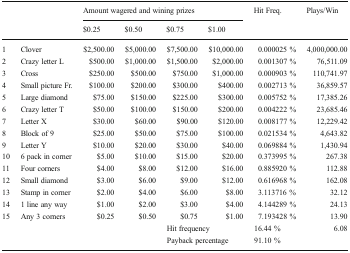
<table><thead><tr><td rowspan="2" colspan="2"></td><td colspan="4"><b>Amount wagered and wining prizes</b></td><td rowspan="2"><b>Hit Freq.</b></td><td rowspan="2"><b>Plays/Win</b></td></tr><tr><td><b>$0.25</b></td><td><b>$0.50</b></td><td><b>$0.75</b></td><td><b>$1.00</b></td></tr></thead><tbody><tr><td>1</td><td>Clover</td><td>$2,500.00</td><td>$5,000.00</td><td>$7,500.00</td><td>$10,000.00</td><td>0.000025 %</td><td>4,000,000.00</td></tr><tr><td>2</td><td>Crazy letter L</td><td>$500.00</td><td>$1,000.00</td><td>$1,500.00</td><td>$2,000.00</td><td>0.001307 %</td><td>76,511.09</td></tr><tr><td>3</td><td>Cross</td><td>$250.00</td><td>$500.00</td><td>$750.00</td><td>$1,000.00</td><td>0.000903 %</td><td>110,741.97</td></tr><tr><td>4</td><td>Small picture Fr.</td><td>$100.00</td><td>$200.00</td><td>$300.00</td><td>$400.00</td><td>0.002713 %</td><td>36,859.57</td></tr><tr><td>5</td><td>Large diamond</td><td>$75.00</td><td>$150.00</td><td>$225.00</td><td>$300.00</td><td>0.005752 %</td><td>17,385.26</td></tr><tr><td>6</td><td>Crazy letter T</td><td>$50.00</td><td>$100.00</td><td>$150.00</td><td>$200.00</td><td>0.004222 %</td><td>23,685.46</td></tr><tr><td>7</td><td>Letter X</td><td>$30.00</td><td>$60.00</td><td>$90.00</td><td>$120.00</td><td>0.008177 %</td><td>12,229.42</td></tr><tr><td>8</td><td>Block of 9</td><td>$25.00</td><td>$50.00</td><td>$75.00</td><td>$100.00</td><td>0.021534 %</td><td>4,643.82</td></tr><tr><td>9</td><td>Letter Y</td><td>$10.00</td><td>$20.00</td><td>$30.00</td><td>$40.00</td><td>0.069884 %</td><td>1,430.94</td></tr><tr><td>10</td><td>6 pack in corner</td><td>$5.00</td><td>$10.00</td><td>$15.00</td><td>$20.00</td><td>0.373995 %</td><td>267.38</td></tr><tr><td>11</td><td>Four corners</td><td>$4.00</td><td>$8.00</td><td>$12.00</td><td>$16.00</td><td>0.885920 %</td><td>112.88</td></tr><tr><td>12</td><td>Small diamond</td><td>$3.00</td><td>$6.00</td><td>$9.00</td><td>$12.00</td><td>0.616968 %</td><td>162.08</td></tr><tr><td>13</td><td>Stamp in corner</td><td>$2.00</td><td>$4.00</td><td>$6.00</td><td>$8.00</td><td>3.113716 %</td><td>32.12</td></tr><tr><td>14</td><td>1 line any way</td><td>$1.00</td><td>$2.00</td><td>$3.00</td><td>$4.00</td><td>4.144289 %</td><td>24.13</td></tr><tr><td>15</td><td>Any 3 corners</td><td>$0.25</td><td>$0.50</td><td>$0.75</td><td>$1.00</td><td>7.193428 %</td><td>13.90</td></tr><tr><td></td><td></td><td></td><td></td><td colspan="2">Hit frequency</td><td>16.44 %</td><td>6.08</td></tr><tr><td></td><td></td><td></td><td></td><td colspan="2">Payback percentage</td><td>91.10 %</td><td></td></tr></tbody></table>